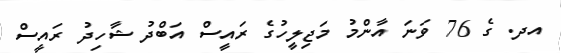
އދ. ގެ 76 ވަނަ އާންމު މަޖިލީހުގެ ރައީސް އަބްދު ޝާހިދު ރައީސް